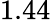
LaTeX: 1.44